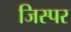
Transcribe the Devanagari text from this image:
जिस्पर